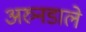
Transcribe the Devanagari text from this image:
अरुनडाले